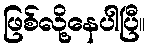
ဖြစ်လို့နေပါပြီ။